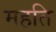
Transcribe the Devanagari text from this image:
महति